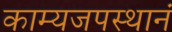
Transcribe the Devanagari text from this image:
काम्यजपस्थानं